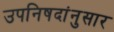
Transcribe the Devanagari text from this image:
उपनिषदांनुसार